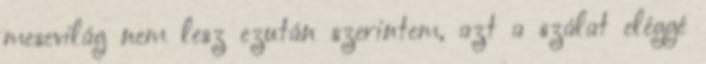
mesevilág nem lesz ezután szerintem, azt a szálat eléggé